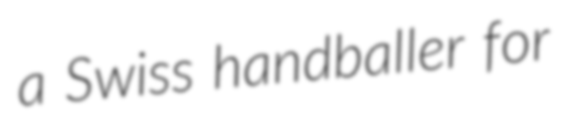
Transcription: a Swiss handballer for